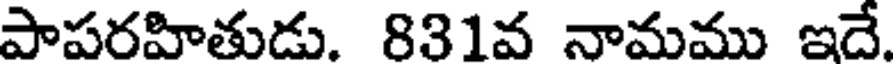
పాపరహితుడు. 831వ నామము ఇదే.